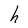
Character: h